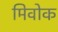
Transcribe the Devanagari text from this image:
मिवोक